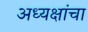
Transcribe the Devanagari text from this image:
अध्यक्षांचा